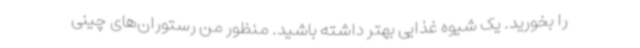
را بخورید. یک شیوه غذایی بهتر داشته باشید. منظور من رستوران‌های چینی